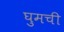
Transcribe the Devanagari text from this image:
घुमची